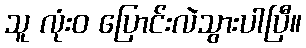
သူ လုံးဝ ပြောင်းလဲသွားပါပြီ။